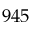
9 4 5